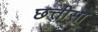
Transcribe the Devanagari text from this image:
छत्तीसा